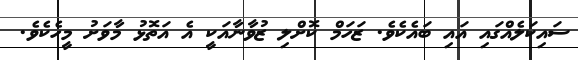
ސައިކަލެއްގައި އައި ބައެކެވެ. ޒަހަމް ކޮށްލި ޒުވާނާއަކީ އެ އަތޮޅު މާވަށު މީހެކެވެ.